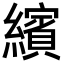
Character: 繽